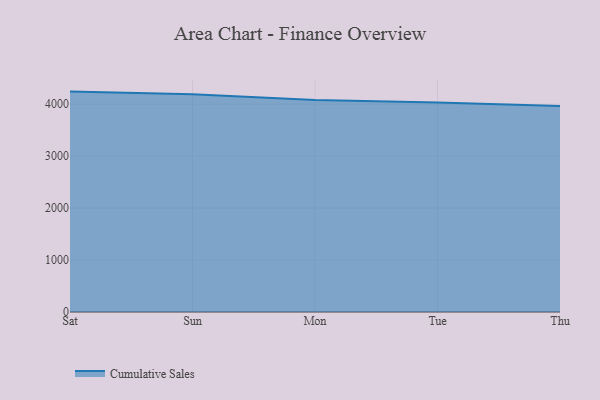
{"axis": {"x": "Day", "y": "Gross Profit (USD K)"}, "legend": ["Cumulative Sales"], "data": [{"x": "Sat", "y": 4240.9, "type": "Cumulative Sales"}, {"x": "Sun", "y": 4190.3, "type": "Cumulative Sales"}, {"x": "Mon", "y": 4079.2, "type": "Cumulative Sales"}, {"x": "Tue", "y": 4032.9, "type": "Cumulative Sales"}, {"x": "Thu", "y": 3961.5, "type": "Cumulative Sales"}]}